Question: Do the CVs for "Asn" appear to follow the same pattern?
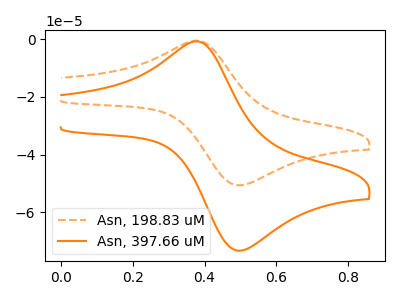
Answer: <think>The orange dashed curve "Asn, 198.83 uM" has an anodic peak at (0.40V, -0.55uA) and a cathodic peak at (0.50V, -50.50uA). The orange curve "Asn, 397.66 uM" has an anodic peak at (0.40V, -0.75uA) and a cathodic peak at (0.50V, -73.10uA).
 All the peaks in "Asn, 198.83 uM" have a peak in "Asn, 397.66 uM" at the same potential.</think>
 <answer>All the CV's of "Asn" have similar shape.</answer>
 <eval>follow_rule</eval>